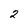
Character: 2